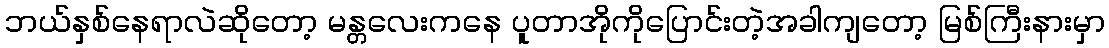
ဘယ်နှစ်နေရာလဲဆိုတော့ မန္တလေးကနေ ပူတာအိုကိုပြောင်းတဲ့အခါကျတော့ မြစ်ကြီးနားမှာ